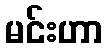
မင်းဟာ